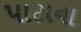
પાટાના